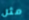
مثل